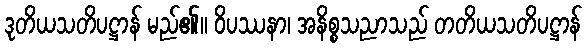
ဒုတိယသတိပဋ္ဌာန် မည်၏။ ဝိပဿနာ၊ အနိစ္စသညာသည် တတိယသတိပဋ္ဌာန်